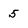
Character: 5